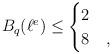
LaTeX: \begin{align*}B_q(\ell^e) \le \begin{cases} 2 & \\ 8 & , \end{cases}\end{align*}